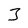
Character: 3